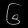
Digit: ၆